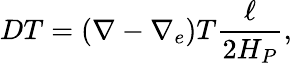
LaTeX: DT=\left(\nabla-\nabla_{e}\right)T{\frac{\ell}{2H_{P}}},